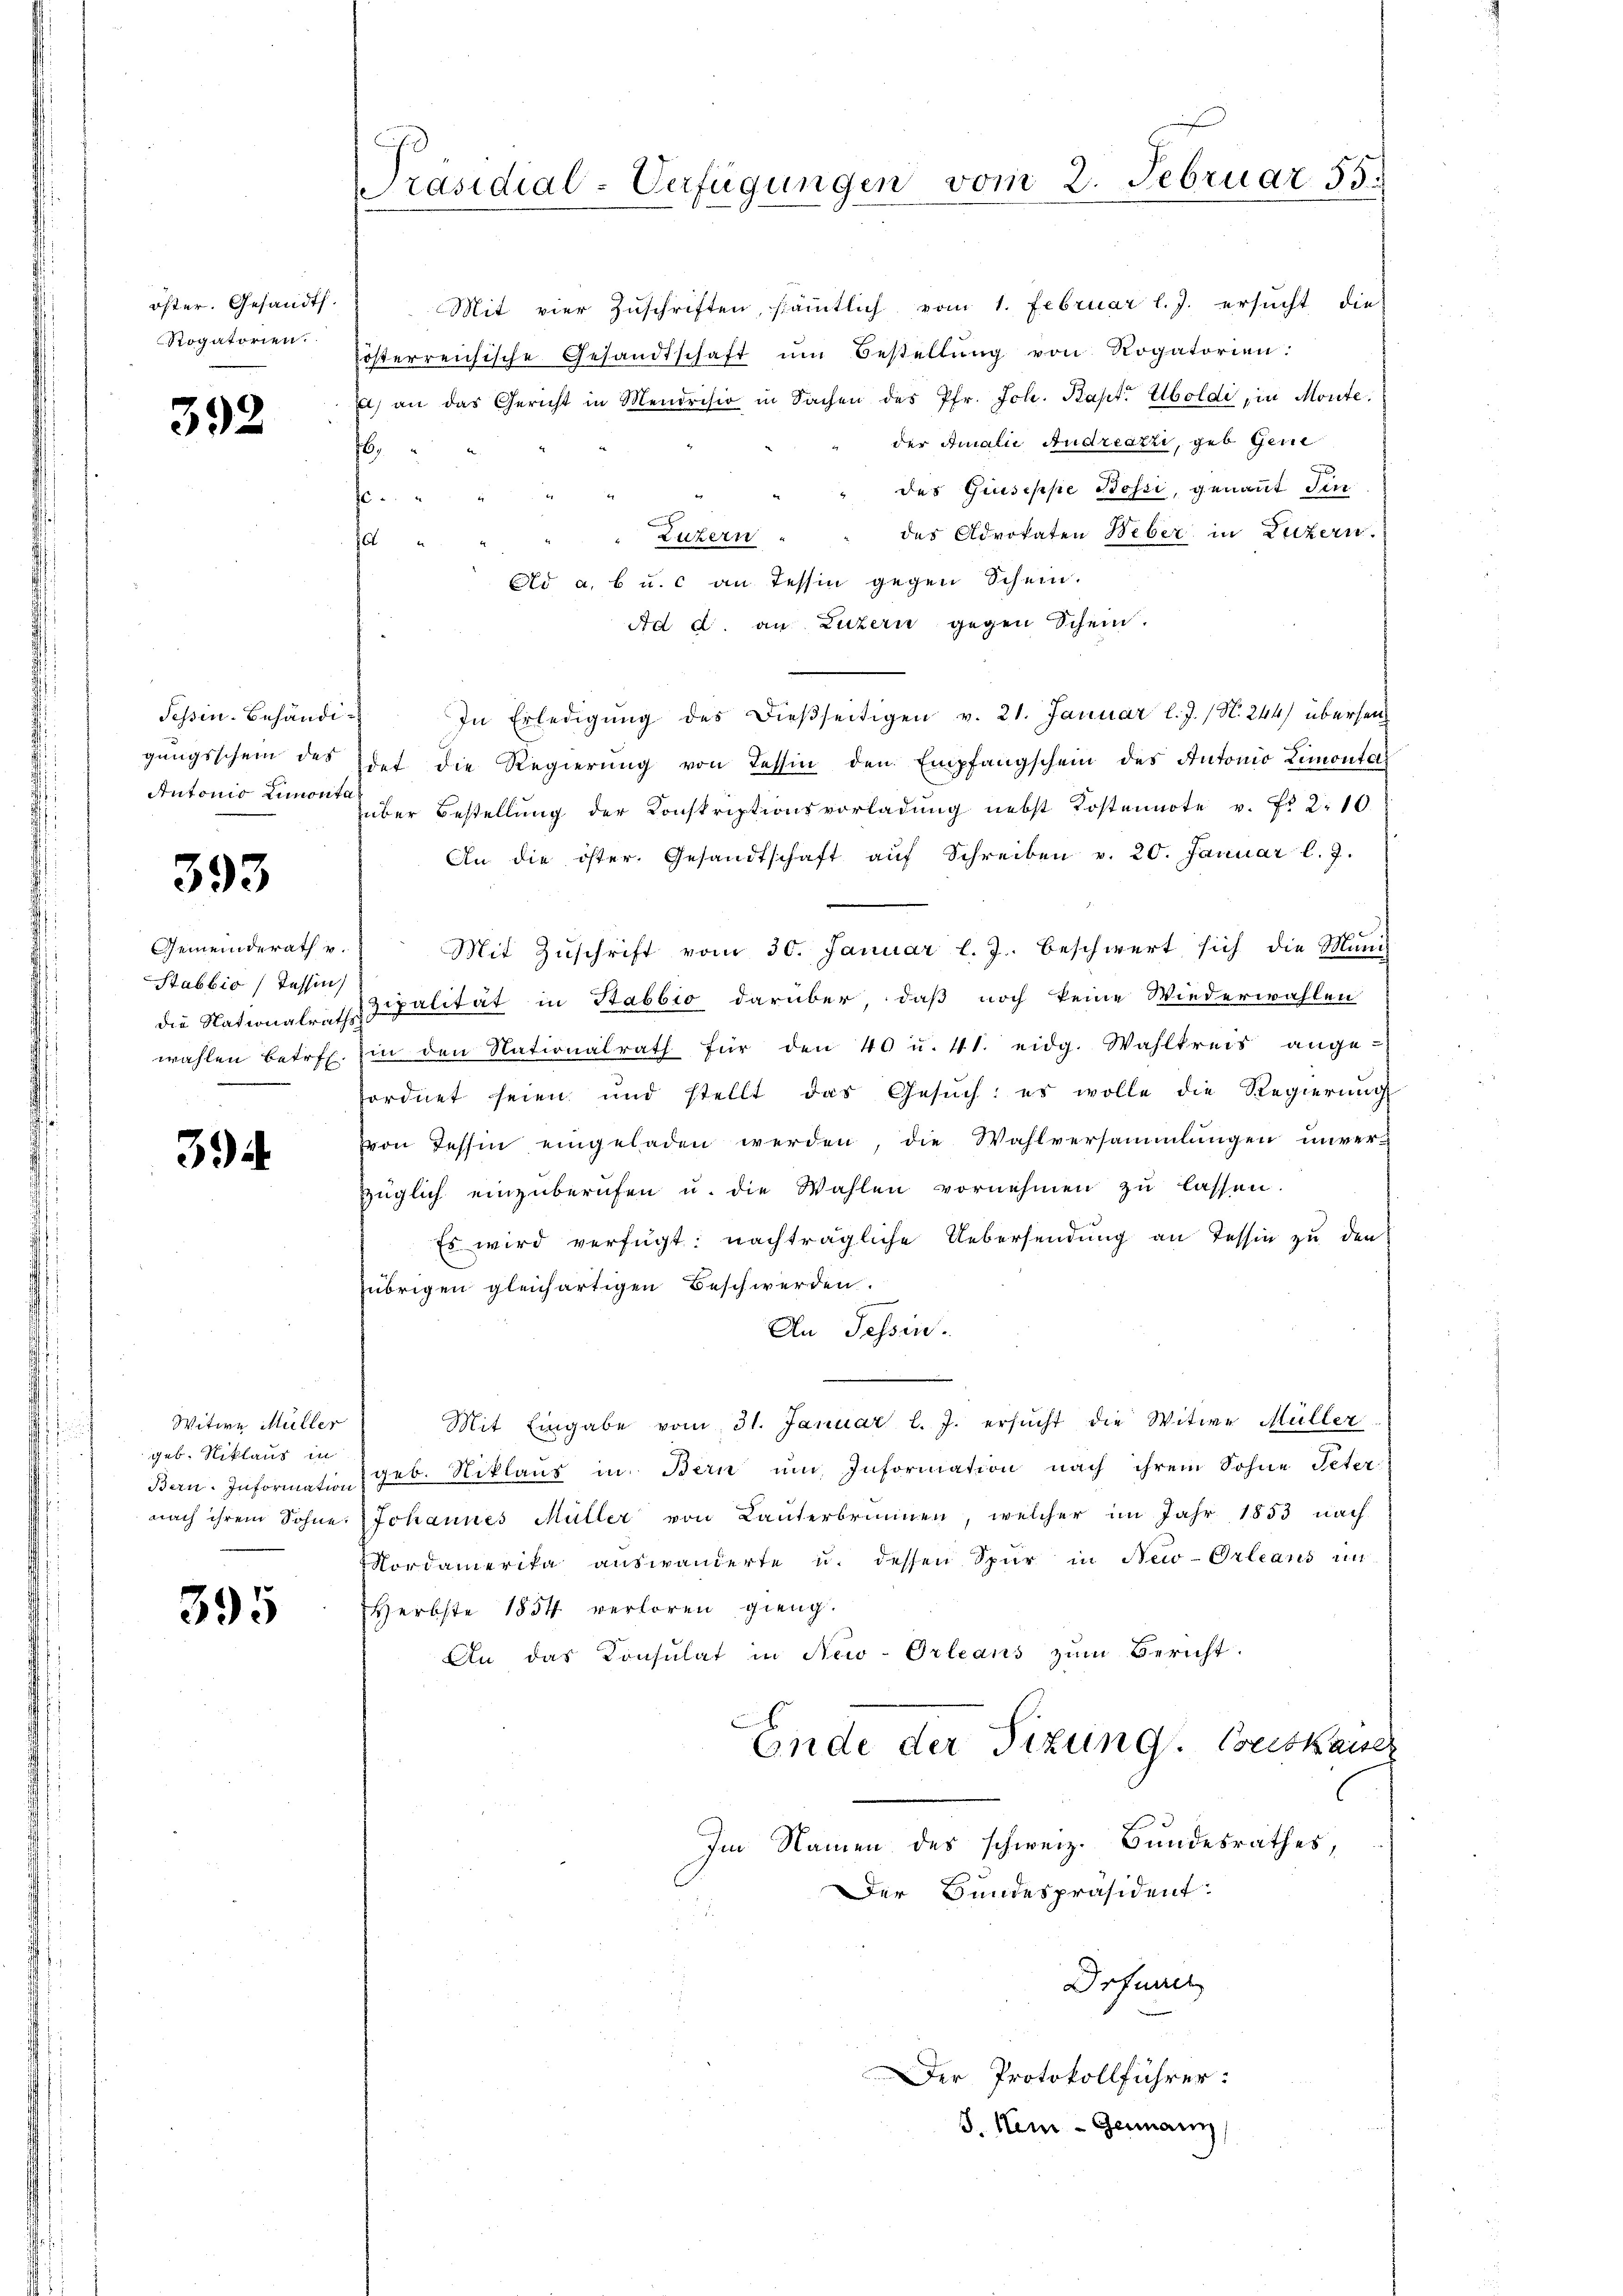
öster. Gesandts.
Rogatorien.

392

Sepin. Behändigungsschein des
Antonio Limonta

393

Gemeinderath v.
Stabbio (Tessin,
die Nationalraths
wählen betr.

3

Witwe Müller
geb. Niklaus in
nach ihrem Sohne

395

Präsidial-Verfügungen vom 2. Februar 55.

16.

Mit vier Zŭschriften, sämtlich vom 1. Februar l.J. ersucht die
posterreichische Gesandtschaft ŭm Bestellŭng von Rogatorien:
a) an das Gericht in Mendrisio in Sachen des Pfr. Joh. Bapt. Soldi, in Monte.
der Amalić Andreazzi, geb. Gene
des Giuseppe Bossi, genannt Sin
n
Luzern " " des Advokaten Weber in Luzern.
a
Elo a, b u. c an Tessin gegen Schein.
Ad d. an Luzern gegen Schein.
In Erledigŭng des dießseitigen v. 21. Januar l. J. (N. 244) überseit
det die Regierŭng von Tessin den Empfangschein des Antonio Limonta
über Bestellŭng der Konskriptionsvorladung nebst Kostennote v. Fr. 2. 10.
An die öster. Gesandtschaft aŭf Schreiben v. 20. Januar l. J.
x
Mit Zŭschrift vom 30. Januar l. J. beschwert sich die Muni
ipalität in Stabbio darüber, daß noch keine Wiederwählen
Ein den Nationalrath für den 40 u. 41. eidg. Wahlkreis ange-
fordnet seien und stellt das Gesŭch: es wolle die Regierŭng
von Tessin eingeladen werden, die Wahlversammlungen unverzüglich einzuberufen u. die Wahlen vornehmen zu lassen.
Es wird verfügt: nachträgliche Uebersendung an Tessin zu den
übrigen gleichartigen Beschwerden.
An Tessin.
Mit Eingabe vom 31. Januar l. J. ersŭcht die Witwe Müller
Bern. Information u geb. Niklaus in Bern um Information nach ihrem Sohne Peter
Johannes Müller von Lanterbrunnen, welcher im Jahr 1853 nach
Nordamerika auswanderte u. dessen Spur in New-Orleans un
Herbste 1854 verloren gieng.
An das Konsulat in New-Orleans zŭm Bericht
Ende der Sizung. Boeckkauer
l
Im Namen des schweiz. Bundesrathes,
Der Bundespräsident:
Drfurch
Der Protokollführer:
J. Kein - Genann